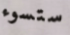
ستسوء